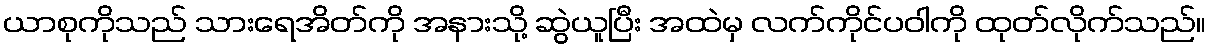
ယာစုကိုသည် သားရေအိတ်ကို အနားသို့ ဆွဲယူပြီး အထဲမှ လက်ကိုင်ပဝါကို ထုတ်လိုက်သည်။